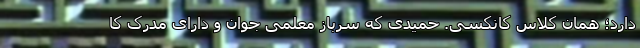
دارد؛ همان کلاس کانکسی. حمیدی که سرباز معلمی جوان و دارای مدرک کا